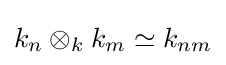
k_{n}\otimes _{k}k_{m}\simeq k_{nm}